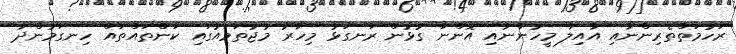
ރަހުމަތްތެރިންނާއި އާއިލާ މީހުންނާއި އޮންނަ ގުޅުން ރަނގަޅު މިހާރު މުޖުތަމައުގައި ކަންތައްތައް ހިނގަމުންދާ